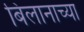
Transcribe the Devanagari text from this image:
बिलानाच्या